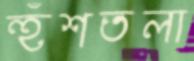
হুঁশতলা